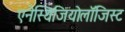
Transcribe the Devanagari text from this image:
एनेस्थिजियोलॉजिस्ट